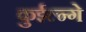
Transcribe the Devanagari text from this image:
कुईल्न्गे